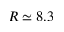
R \simeq 8 . 3